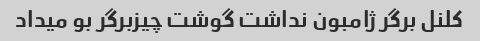
کلنل برگر ژامبون نداشت گوشت چیزبرگر بو میداد